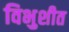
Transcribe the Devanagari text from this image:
विभुशीत